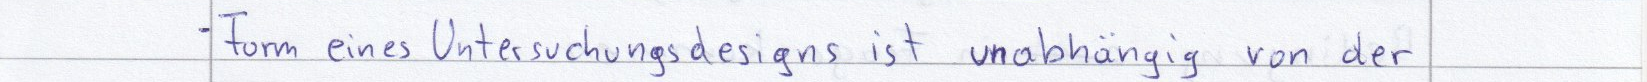
- Form eines Untersuchungsdesigns ist unabhängig von der